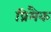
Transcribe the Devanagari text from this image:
प्रिमैक